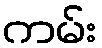
ကမ်း